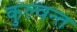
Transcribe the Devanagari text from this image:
कुल्वन्त